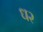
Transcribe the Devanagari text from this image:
ध२